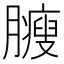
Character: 𦢝